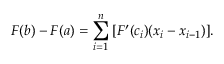
F ( b ) - F ( a ) = \sum _ { i = 1 } ^ { n } \, [ F ^ { \prime } ( c _ { i } ) ( x _ { i } - x _ { i - 1 } ) ] .